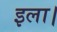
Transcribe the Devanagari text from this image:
इला।